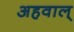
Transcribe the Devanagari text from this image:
अहवाल्